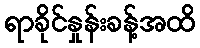
ရာခိုင်နှုန်းခန့်အထိ